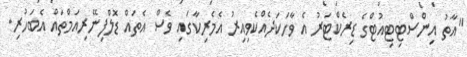
"އާތު އިންސްޓިޓިއުޓްގެ ޑިރެކްޓަރު އެ ވާހަކަދެއްކެވިއިރު އެމެރިކާގައި ވެސް އެތައް ޑޮލްފިނޭރިއަމްތައް އެބަހުރި.